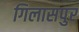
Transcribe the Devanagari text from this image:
गिलासपुर